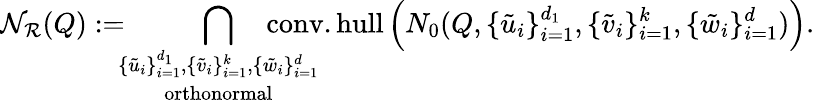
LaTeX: {\mathcal N}_{\mathcal R}(Q):=\! \! \! \mathop{\bigcap_{\{ \tilde{u}_{i}\} _{i=1}^{d_{1}},\{ \tilde{v}_{i}\} _{i=1}^{k},\{ \tilde{w}_{i}\} _{i=1}^{d}}}_{\mathrm{orthonormal}}\! \! \! \! \! \! \! \! \! \! \! \! \operatorname{conv.hull}\left(N_{0}(Q,\{ \tilde{u}_{i}\} _{i=1}^{d_{1}},\{ \tilde{v}_{i}\} _{i=1}^{k},\{ \tilde{w}_{i}\} _{i=1}^{d})\right).